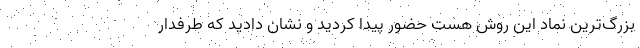
بزرگ‌ترین نماد این روش هست حضور پیدا کردید و نشان دادید که طرفدار